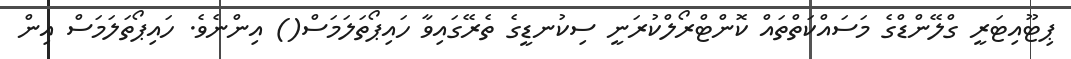
ޕިޓޫއިޓަރީ ގްލޭންޑްގެ މަސައްކަތްތައް ކޮންޓްރޯލްކުރަނީ ސިކުނޑީގެ ތެރޭގައިވާ ހައިޕޯތަލަމަސް() އިންނެވެ. ހައިޕޯތަލަމަސް އިން